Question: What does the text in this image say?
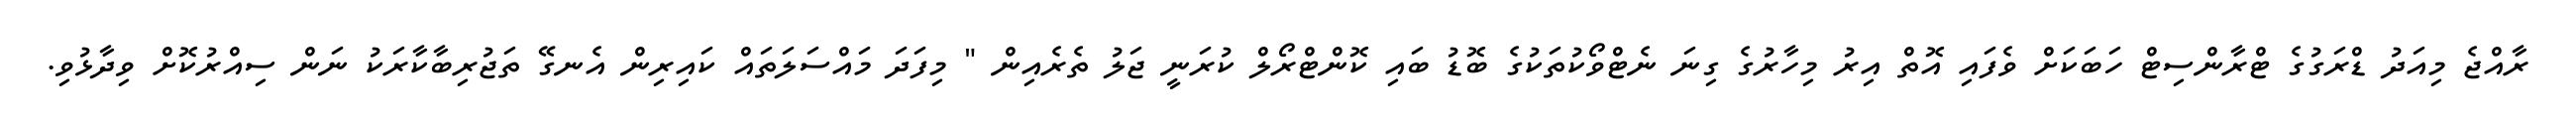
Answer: ރާއްޖެ މިއަދު ޑްރަގުގެ ޓްރާންސިޓް ހަބަކަށް ވެފައި އޮތް އިރު މިހާރުގެ ގިނަ ނެޓްވޯކުތަކުގެ ބޮޑު ބައި ކޮންޓްރޯލް ކުރަނީ ޖަލު ތެރެއިން " މިފަދަ މައްސަލަތައް ކައިރިން އެނގޭ ތަޖުރިބާކާރަކު ނަން ސިއްރުކޮށް ވިދާޅުވި.